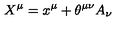
X ^ { \mu } = x ^ { \mu } + \theta ^ { \mu \nu } A _ { \nu }